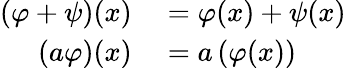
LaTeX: \begin{array}{rl}{(\varphi+\psi)(x)}&{{}=\varphi(x)+\psi(x)}\\ {(a\varphi)(x)}&{{}=a\left(\varphi(x)\right)}\end{array}